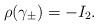
LaTeX: \begin{align*}\rho(\gamma_{\pm})=-I_{2}. \end{align*}